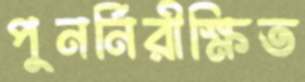
পুনর্নিরীক্ষিত